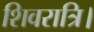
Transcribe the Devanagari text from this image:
शिवरात्रि।